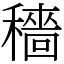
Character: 穡